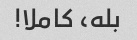
بله، کاملا!